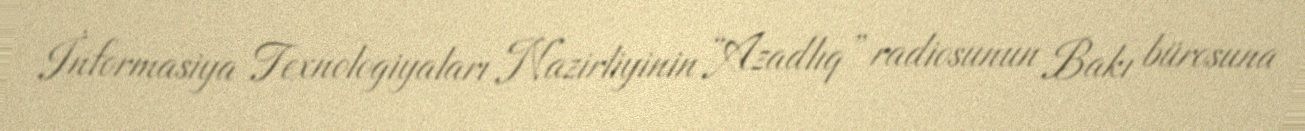
İnformasiya Texnologiyaları Nazirliyinin “Azadlıq” radiosunun Bakı bürosuna